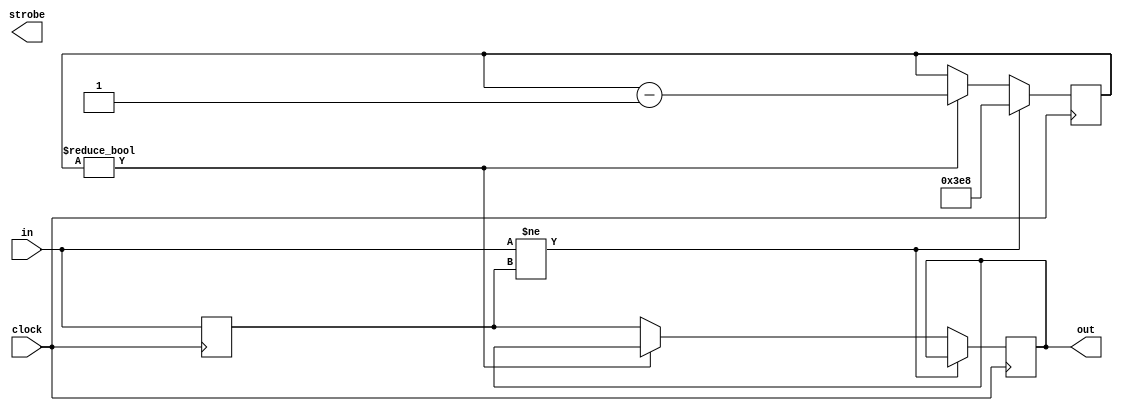
module filter(input clock,
              input in,
              output reg out,  // out a filtered version of in
              output reg strobe); // true for one cycle synchronous with a change

   parameter freq = 50_000_000; // 50MHz
   parameter limit =    50_000; // 50kHz
   parameter dur = freq / limit;

   parameter N = 14; // INV: 2**N > dur;

	parameter count = 100;
   reg [N:0] countdown;

   // Filter out any meta stability
   reg       in_, in__;

 /*  always @(posedge clock) begin
      strobe <= 0;
      in_ <= in;
      in__ <= in_;
      if (in__ != out)
        countdown <= dur - 1;
        // Note, we depend on countdown[N] being reset here.
      else if (~countdown[N])
        countdown <= countdown - 1;
      else begin
         out <= in__;
         strobe <= 1;
      end
   end
	*/
	reg temp_;
	reg temp__;
	always @(posedge clock)
	begin
		if(in != temp_)
			countdown <= 1000;
		else if(countdown != 0)
			countdown <= countdown -1;
		else
		begin
			out <= temp_;
		end
	
		temp_ <= in;
	end
	endmodule